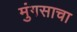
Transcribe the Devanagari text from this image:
मुंगसाचा